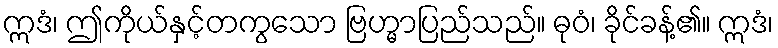
ဣဒံ၊ ဤကိုယ်နှင့်တကွသော ဗြဟ္မာပြည်သည်။ ဓုဝံ၊ ခိုင်ခန့်၏။ ဣဒံ၊